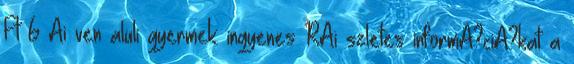
Ft 6 Ai ven aluli gyermek: ingyenes RAi szletes informA?ciA?kat a